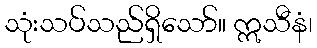
သုံးသပ်သည်ရှိသော်။ ဣသီနံ၊